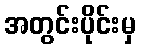
အတွင်းပိုင်းမှ